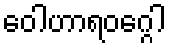
ဝေါဟာရဝဂ္ဂေါ